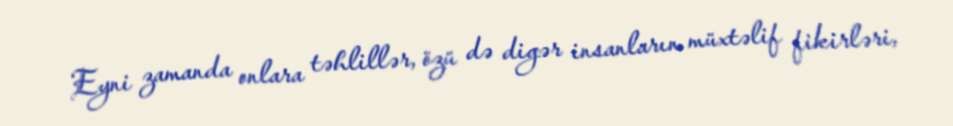
Eyni zamanda onlara təhlillər, özü də digər insanların müxtəlif fikirləri,